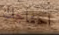
احتاجك